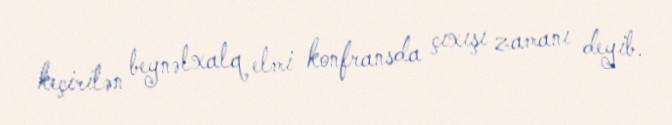
keçirilən beynəlxalq elmi konfransda çıxışı zamanı deyib.